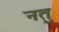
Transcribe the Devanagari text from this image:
नतु